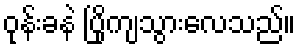
ဝုန်းခနဲ ပြိုကျသွားလေသည်။